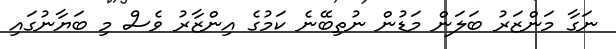
ނަގާ މަންޒަރު ބަލަން މަޑުން ނުތިބޭނެ ކަމުގެ އިންޒާރު ވެސް މި ބަޔާނުގައި